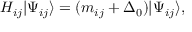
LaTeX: H _ { i j } | \Psi _ { i j } \rangle = ( m _ { i j } + \Delta _ { 0 } ) | \Psi _ { i j } \rangle ,